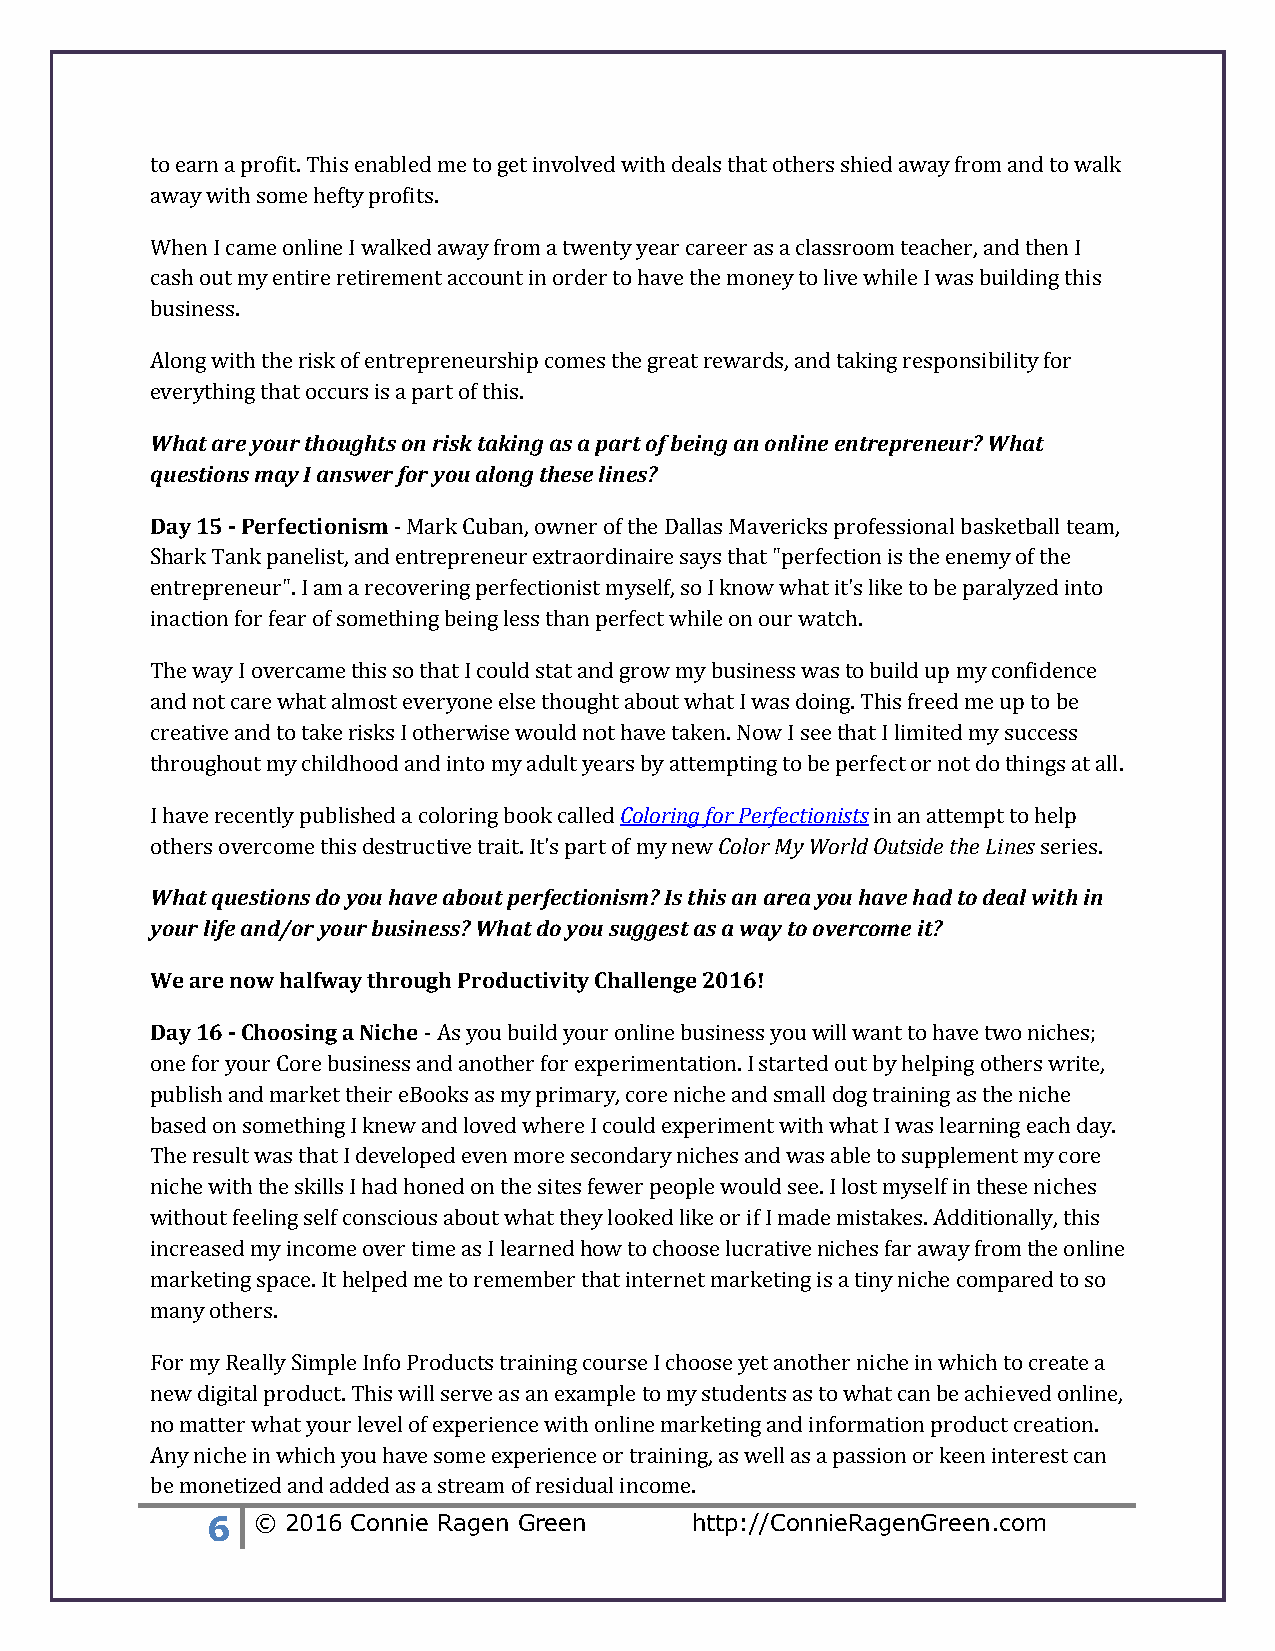
to earn a profit. This enabled me to get involved with deals that others shied away from and to walk
 away with some hefty profits.
 When I came online I walked away from a twenty year career as a classroom teacher, and then I
 cash out my entire retirement account in order to have the money to live while I was building this
 business.
 Along with the risk of entrepreneurship comes the great rewards, and taking responsibility for
 everything that occurs is a part of this.
 What are your thoughts on risk taking as a part of being an online entrepreneur? What
 questions may I answer for you along these lines?
 Day 15 - Perfectionism - Mark Cuban, owner of the Dallas Mavericks professional basketball team,
 Shark Tank panelist, and entrepreneur extraordinaire says that "perfection is the enemy of the
 entrepreneur". I am a recovering perfectionist myself, so I know what it's like to be paralyzed into
 inaction for fear of something being less than perfect while on our watch.
 The way I overcame this so that I could stat and grow my business was to build up my confidence
 and not care what almost everyone else thought about what I was doing. This freed me up to be
 creative and to take risks I otherwise would not have taken. Now I see that I limited my success
 throughout my childhood and into my adult years by attempting to be perfect or not do things at all.
 I have recently published a coloring book called Coloring for Perfectionists in an attempt to help
 others overcome this destructive trait. It's part of my new Color My World Outside the Lines series.
 What questions do you have about perfectionism? Is this an area you have had to deal with in
 your life and/or your business? What do you suggest as a way to overcome it?
 We are now halfway through Productivity Challenge 2016!
 Day 16 - Choosing a Niche - As you build your online business you will want to have two niches;
 one for your Core business and another for experimentation. I started out by helping others write,
 publish and market their eBooks as my primary, core niche and small dog training as the niche
 based on something I knew and loved where I could experiment with what I was learning each day.
 The result was that I developed even more secondary niches and was able to supplement my core
 niche with the skills I had honed on the sites fewer people would see. I lost myself in these niches
 without feeling self conscious about what they looked like or if I made mistakes. Additionally, this
 increased my income over time as I learned how to choose lucrative niches far away from the online
 marketing space. It helped me to remember that internet marketing is a tiny niche compared to so
 many others.
 For my Really Simple Info Products training course I choose yet another niche in which to create a
 new digital product. This will serve as an example to my students as to what can be achieved online,
 no matter what your level of experience with online marketing and information product creation.
 Any niche in which you have some experience or training, as well as a passion or keen interest can
 be monetized and added as a stream of residual income.
 6  © 2016 Connie Ragen Green    http://ConnieRagenGreen.com